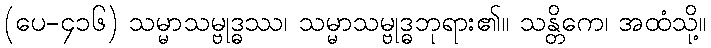
(ပေ-၄၁၆) သမ္မာသမ္ဗုဒ္ဓဿ၊ သမ္မာသမ္ဗုဒ္ဓဘုရား၏။ သန္တိကေ၊ အထံသို့။